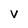
Character: v